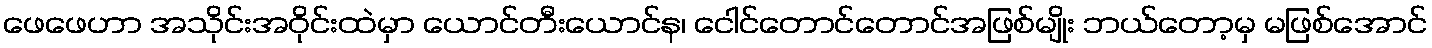
ဖေဖေဟာ အသိုင်းအဝိုင်းထဲမှာ ယောင်တီးယောင်န၊ ငေါင်တောင်တောင်အဖြစ်မျိုး ဘယ်တော့မှ မဖြစ်အောင်